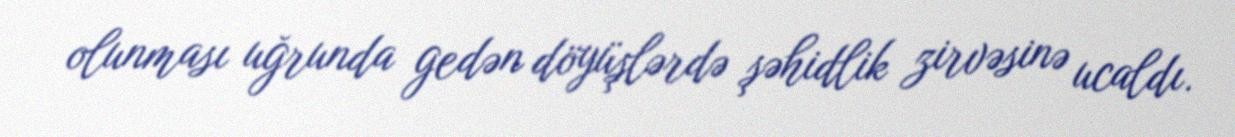
olunması uğrunda gedən döyüşlərdə şəhidlik zirvəsinə ucaldı.